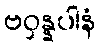
ဗဝှန္နပါနံ